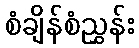
စံချိန်စံညွှန်း